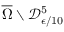
\overline { { \Omega } } \setminus \mathcal { D } _ { \epsilon / 1 0 } ^ { 5 }